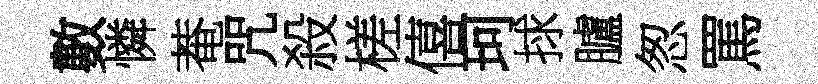
數憐菴咒殺槎僖珂捄臚怱罵